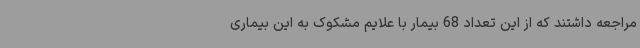
مراجعه داشتند که از این تعداد 68 بیمار با علایم مشکوک به این بیماری